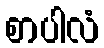
စာပါလံ